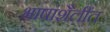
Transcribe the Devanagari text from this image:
भाषांशैलींत